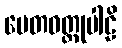
ပေတဝတ္ထုပါဠိ